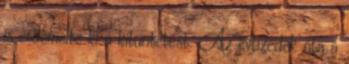
is érdemelte ki a kitüntetést. Az évtizedek óta a